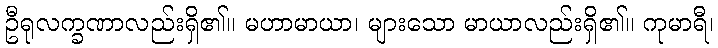
ဦရုလက္ခဏာလည်းရှိ၏။ မဟာမာယာ၊ များသော မာယာလည်းရှိ၏။ ကုမာရီ၊